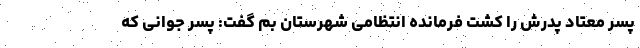
پسر معتاد پدرش را کشت فرمانده انتظامی شهرستان بم گفت: پسر جوانی که